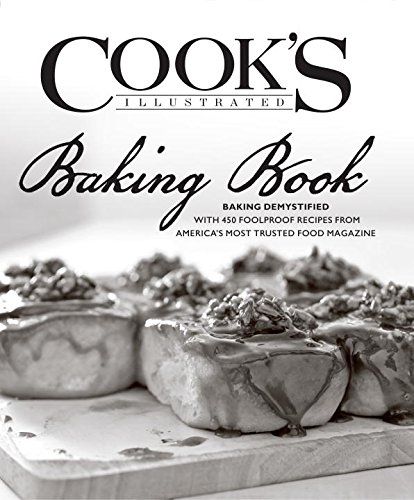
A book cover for The Cook's Illustrated Baking Book; Cookbooks, Food & Wine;